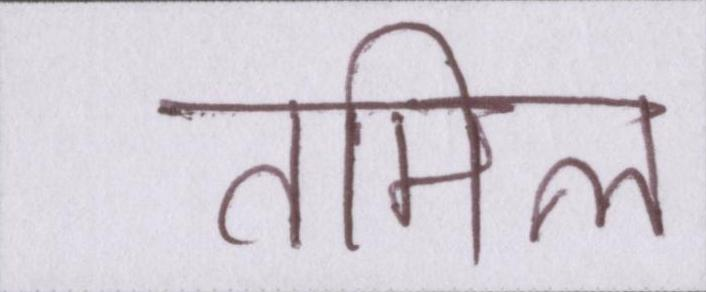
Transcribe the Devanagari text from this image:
तमिल